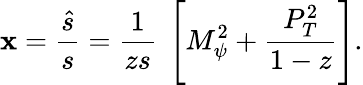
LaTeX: \mathbf{x}=\frac{{\hat{{s}}}}{{s}}={\frac{{1}}{{zs}}}~\left[M_{\psi}^{2}+{\frac{{P_{T}^{2}}}{{1-z}}}\right].